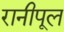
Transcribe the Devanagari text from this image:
रानीपूल